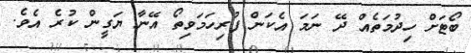
ބޯޓަށް ހިދުމަތެއް ދޭ ނަމަ އެކަން ފުރިހަމަވިތޯ އޭނާ ޔަގީން ކުރެ އެވެ.